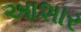
આશાર